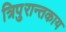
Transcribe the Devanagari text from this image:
त्रिपुरान्तकाय